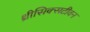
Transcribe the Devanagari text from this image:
थ्रीसिक्सटीवन